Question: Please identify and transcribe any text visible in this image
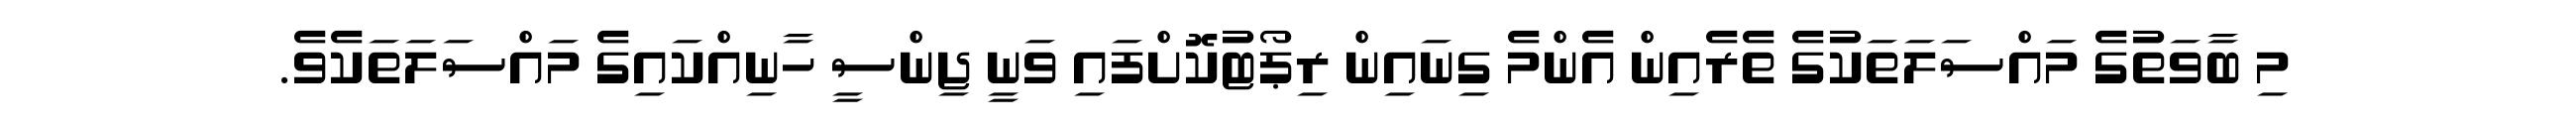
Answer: މި ބާވަތުގެ މައްސަލަތަކުގެ ތެރެއިން އެންމެ ގިނައިން ރިޕޯޓުކޮށްފައި ވަނީ ޖިންސީ ހާނިއްކައިގެ މައްސަލަތަކެވެ.